NAE_ERA_R-1950_Eesti_Ajakirjanike_Liit, lk 66
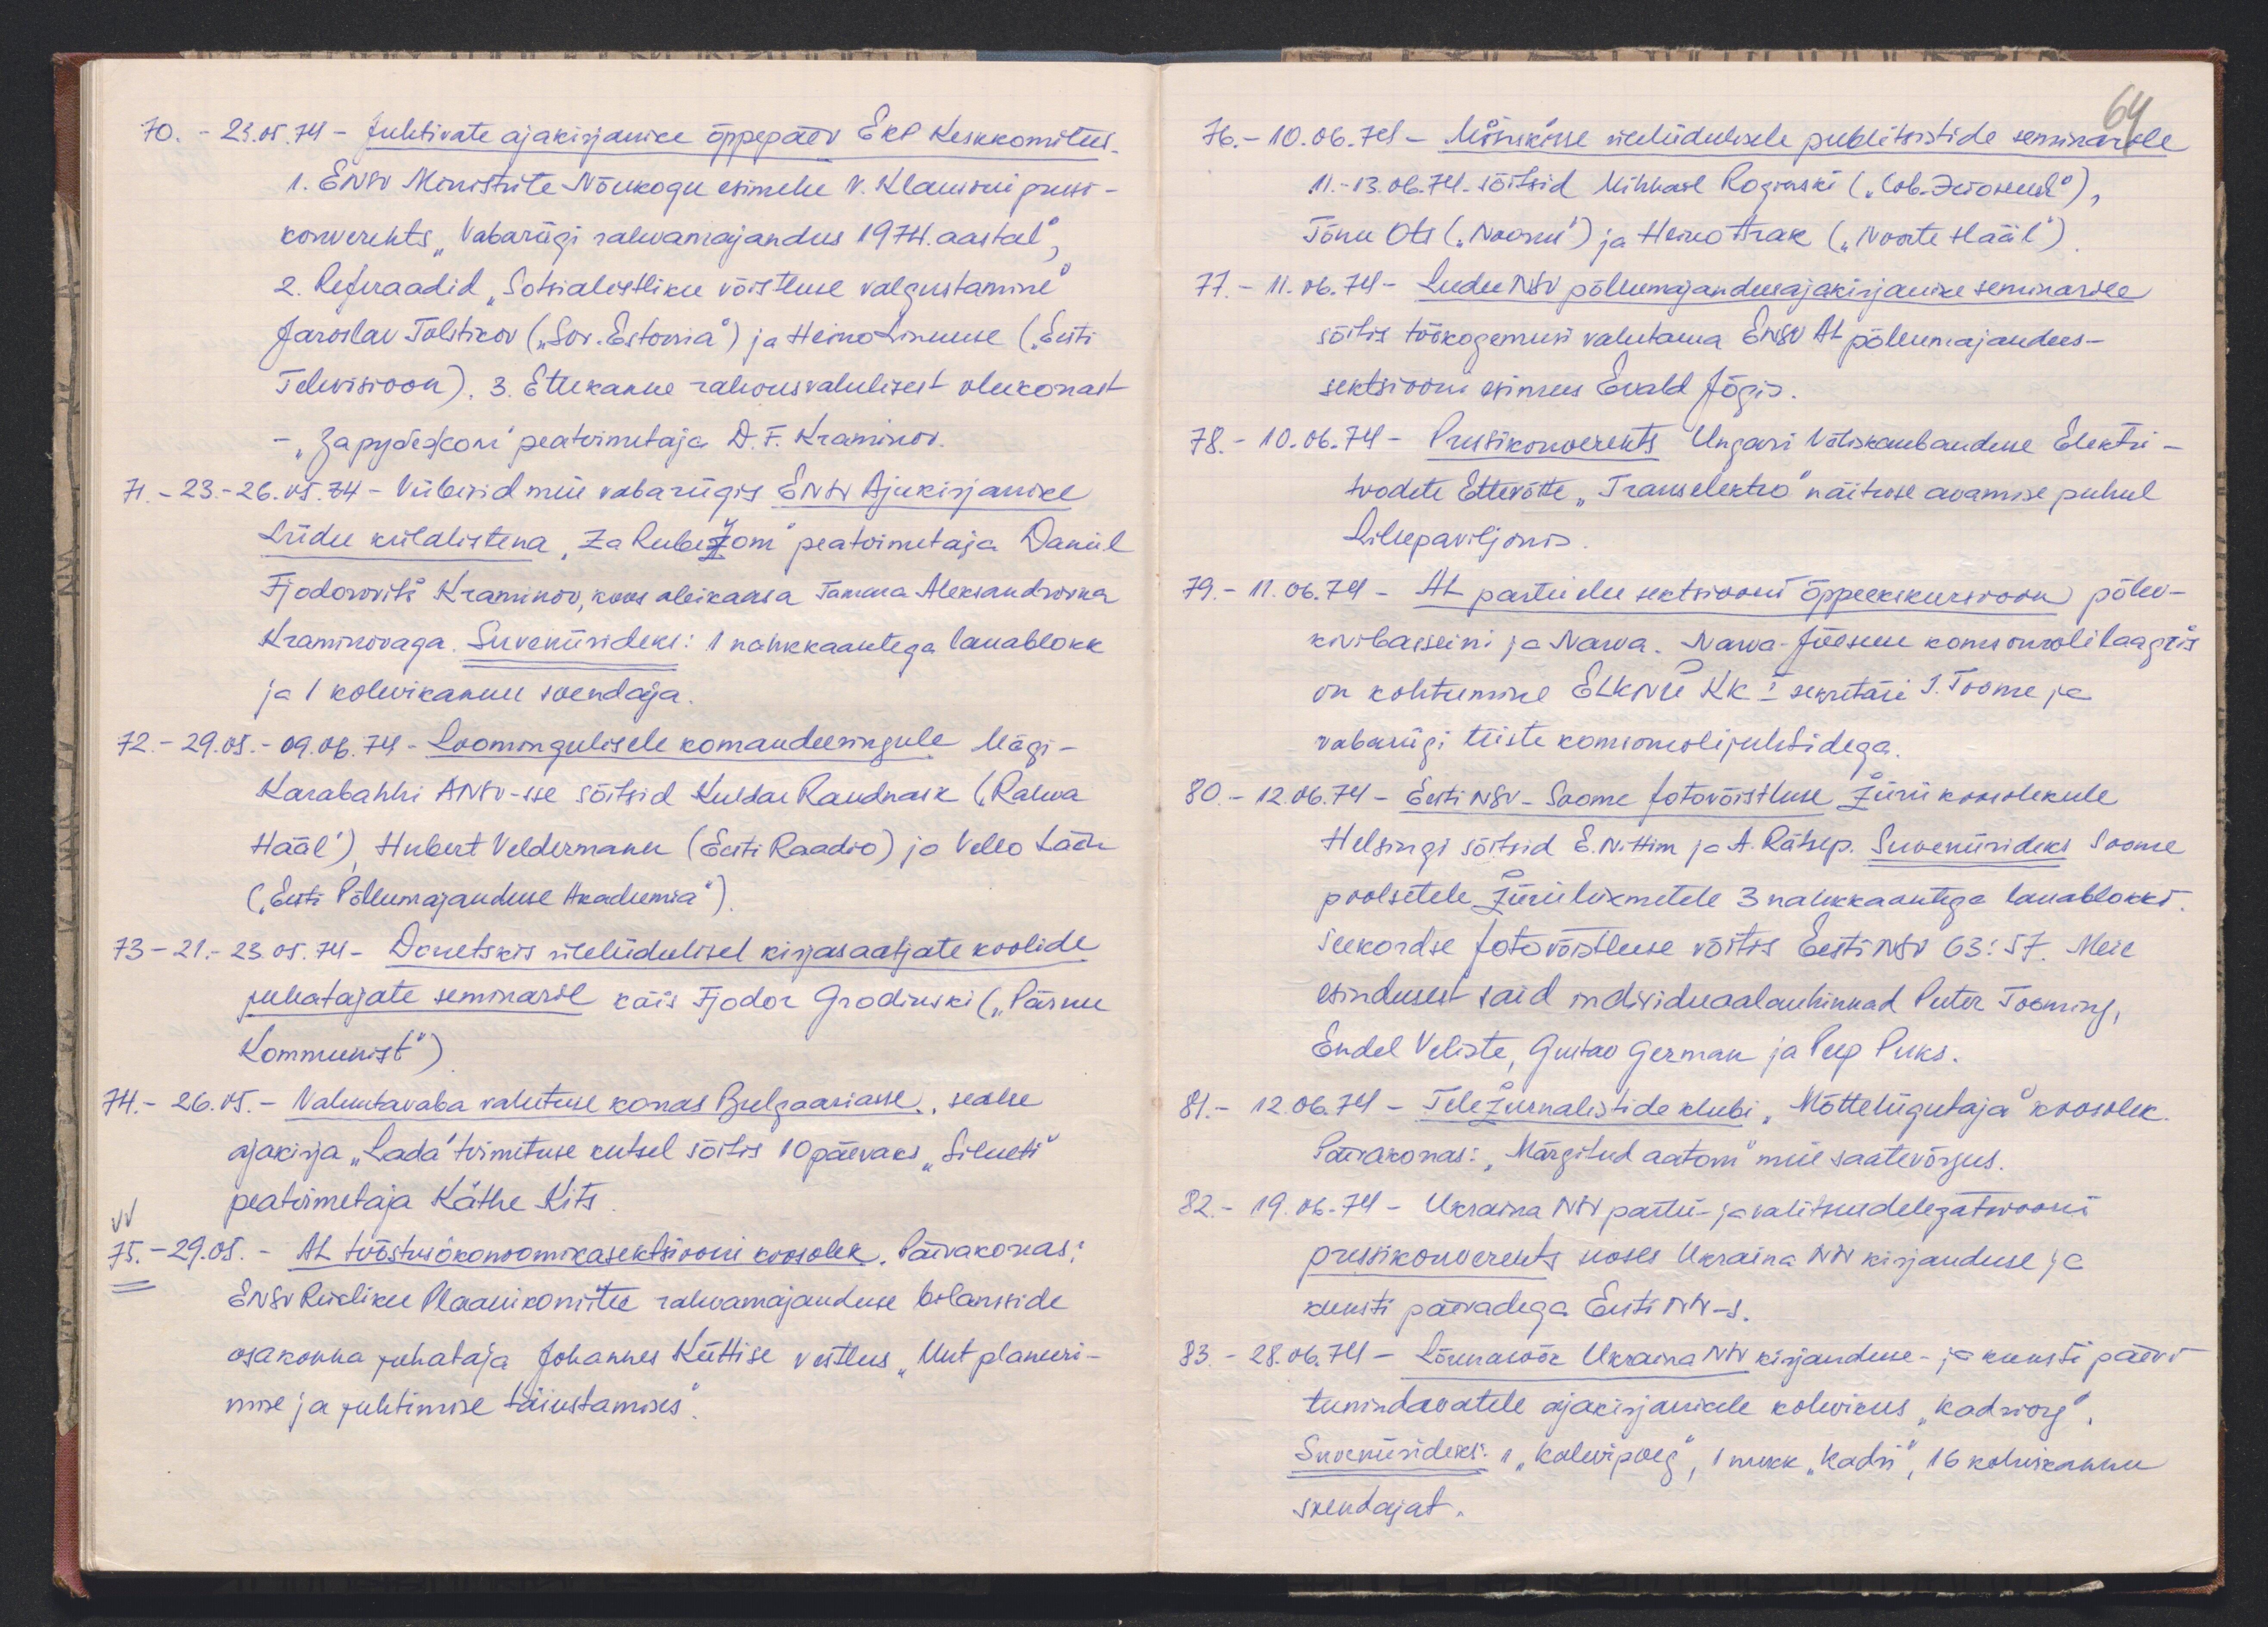
70. - 23.01.74 - Juhtivate ajakirjanike õppepäev EKP Keskkomitees
1. ENSV Ministrite Nõukogu esimehe V. Klausoni pressi-
konverents "Vabariigi rahvamajandus 1974. aastal",
2. Referaadid "Sotsialistliku võistluse valgustamine"
Jaroslav Tolstikov ("Sov. Estonia") ja Heino Linnuse (Eesti
Televisioon). 3. Ettekanne rahvusvahelisest olukorrast
"Сарудедсой" peatoimetaja A. F. Kraminov.
71. - 23.-26.05.74. Viibisid meie vabariigis ENSV Ajakirjanike
Liidu külalistena" Za Rubežom" peatoimetaja Daniel
Fjodorovitš Kraminov, koos abikaasa Tamera Aleksandrovna
Kraminovaga. Suveniirideks: 1 nahkkaantega lauablokk
ja 1 kohvikannu soendaja.
72. - 29.05.-09.06.74. Loomingulisele komandeeringule Mägi-
Karabahhi ANSV-sse sõitsid Kuldar Raudnask ("Rahva
Hääl"), Hubert Veldermann (Eesti Raadio) ja Vello Lään
("Eesti Põllumajanduse Akadeemia")
73 - 21.-23.05.74-Donetskis üleliidulisel kirjasaatjate koolide
juhatajate seminaril käis Fjodor Grodrinski ("Pärnu
Kommunist")
74. - 26.05. - Valuutavaba vahetuse korras Bulgaariasse, sealse
ajakirja "Lada" toimetuse kutsel sõitis 10 päevaks "Silueti"
peatoimetaja Käthe Kits
75. - 29.05. - AL tööstusökonoomikasektsiooni koosolek. Päevakorras:
ENSV Riikliku Plaanikomitee rahvamajanduse bilansside
osakonna juhataja Johannes Küttise vestlus "Uut planeeri-
mise ja juhtimise täiustamises"

64
76. - 10.06.74 - Minskisse üleliidulisele publitsistide seminarile
11.-13.06.74. sõitsid Mihhail Rograski ( "вев.гокель),
Tõnu Ots ("Noorus") ja Heino Arak ("Noorte Hääl")
77. - 11.06.74 - Leedu NSV põllumajandusajakirjanike seminarile
sõitis töökogemusi vahetama ENSV AL põllumajandus-
sektsiooni esimees Evald Jõgis.
78. - 10.06.74 - Pressikonverents Ungari Väliskaubanduse Elektri-
toodete Ettevõtte "Transelektro" näituse avamise puhul
Lillepaviljonis
79. - 11.06.74 - AL partei elu sektsiooni õppeekskursioon põlev-
kivibasseini ja Narva. Narva-Jõesuu komsomolilaagis
on kohtumine ELKNÜ KK I sekretäri J. Toome ja
vabariigi teiste komsomolijuhtidega.
80. - 12.06.74 - Eesti NSV - Soome fotovõistluse žüriikoosolekule
Helsingi sõitsid E. Nittim ja A. Rätsep. Suveniirideks Soome
poolsetele žüriiliikmetele 3 nahkkaantega lauablokki.
Seekordse fotovõistluse võitis Eesti NSV 63:57. Meie
esindusest said individuaalauhinnad Peeter Tooming,
Endel Veliste, Gustav German ja Peep Puks.
81. - 12.06.74 - Teležurnalistide klubi "Mõtteliigutaja" koosolek
Päevakorras: "Märgitud aatom" meie saatevõrgus.
82. - 19.06.74. Ukraina NSV partei- ja valitsusdelegatsiooni
pressikonverents seoses Ukraina NSV kirjanduse ja
kunsti päevadega Eesti NSV-s.
83. - 28.06.74 - Lõunasöök Ukaina NSV kirjanduse- ja kunsti päeva
teenindavatele ajakirjanikele kohvikus "Kadriorg",
Suveniirideks: 1 "Kalevipoeg", 1 nukk "Kadri", 16 kohvikannu
soendajat.